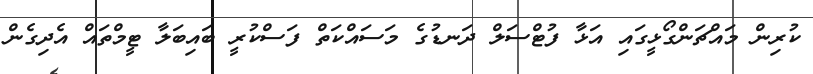
ކުރިން މައްޗަންގޯޅީގައި އަޅާ ފުޓްސަލް ދަނޑުގެ މަސައްކަތް ފަސްކުރީ ބައިބަލާ ޓީމްތައް އެދިގެން